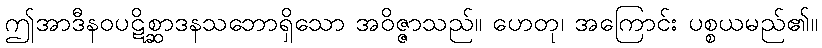
ဤအာဒီနဝပဋိစ္ဆာဒနသဘောရှိသော အဝိဇ္ဇာသည်။ ဟေတု၊ အကြောင်း ပစ္စယမည်၏။